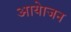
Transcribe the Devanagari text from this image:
आयेाजन